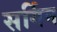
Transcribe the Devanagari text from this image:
सर्गिन